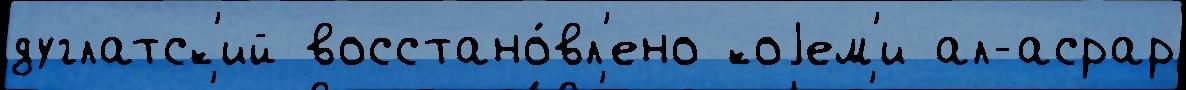
дуглатск'ий восстано́вл'ено коjем'и ал-асрар